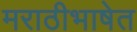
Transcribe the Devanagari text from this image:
मराठीभाषेत